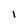
Character: 1